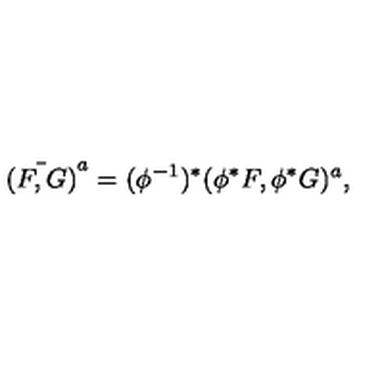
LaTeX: { \bar { ( F , G ) } } ^ { a } = ( \phi ^ { - 1 } ) ^ { * } ( \phi ^ { * } F , \phi ^ { * } G ) ^ { a } ,